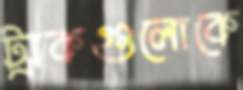
ট্রাকগুলোকে